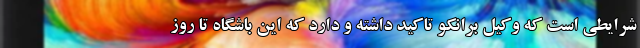
شرایطی است که وکیل برانکو تاکید داشته و دارد که این باشگاه تا روز